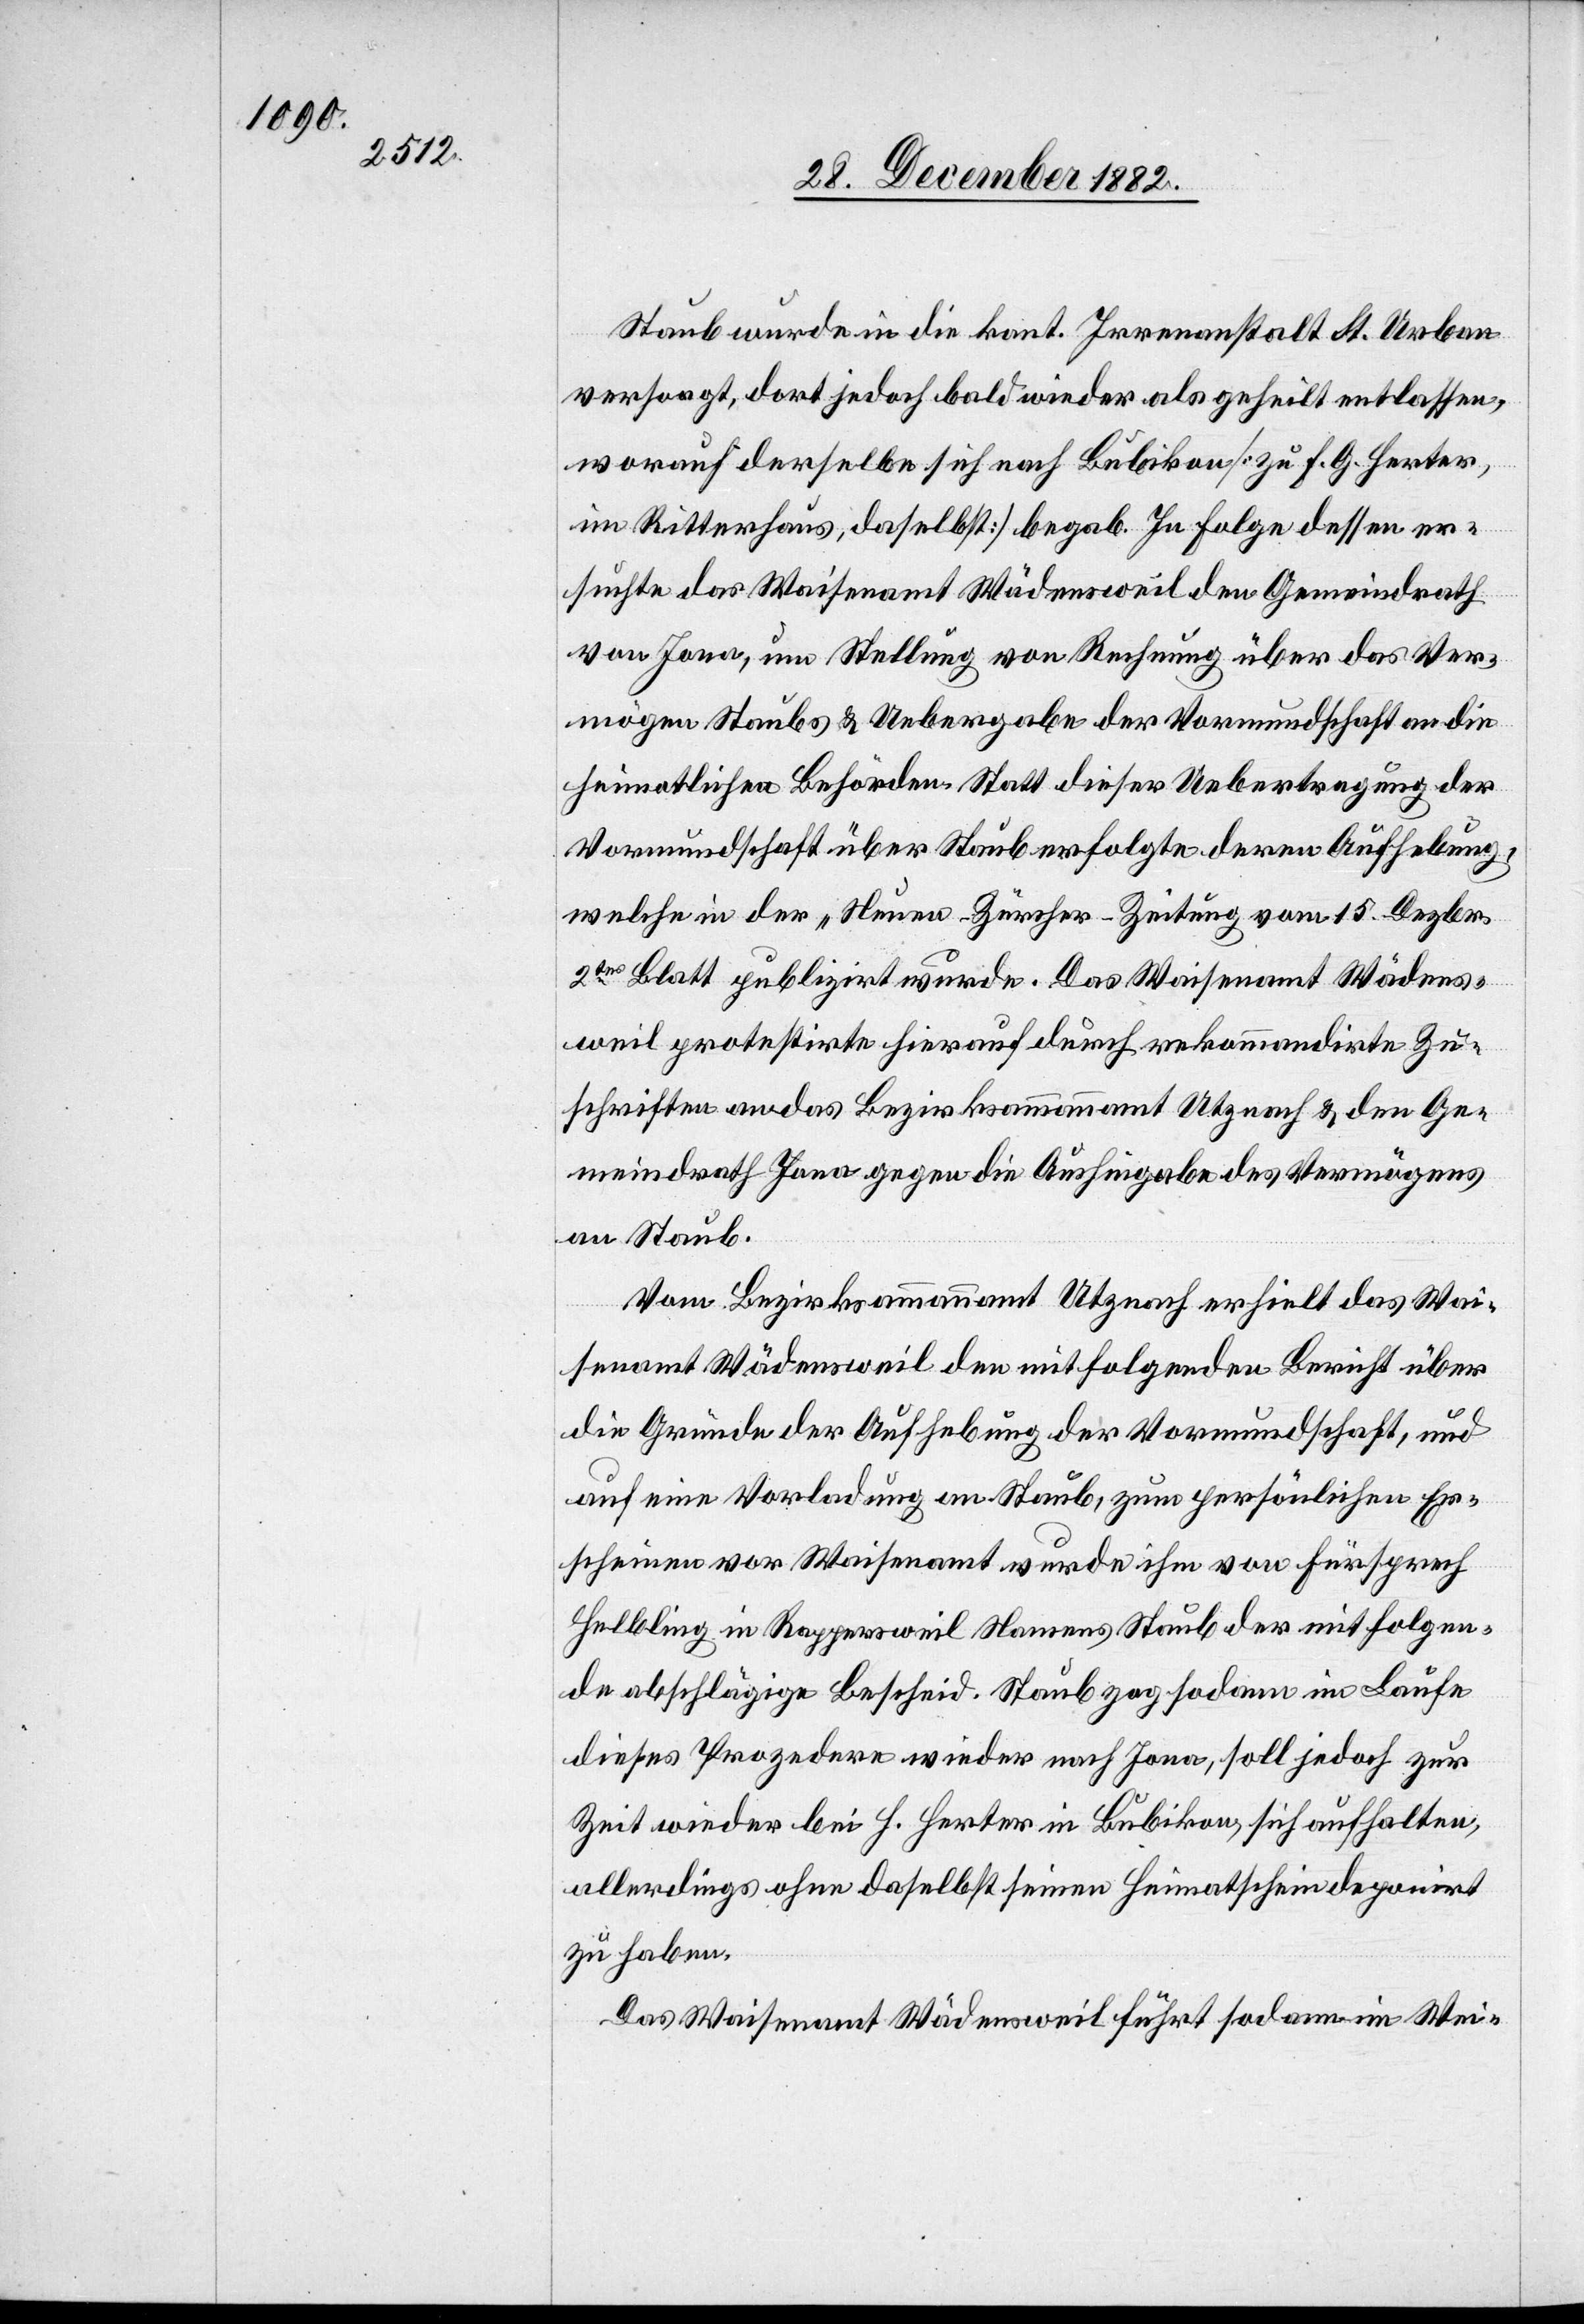
Staub wurde in die kant. Irrenanstalt St. Urban
versorgt, dort jedoch bald wieder als geheilt entlassen,
worauf derselbe sich nach Bubikon [zu F. G. Herter,
im Ritterhaus, daselbst] begab. In Folge dessen er¬
suchte das Waisenamt Wädensweil den Gemeindrath
von Jona, um Stellung von Rechnung über das Ver¬
mögen Staubs & Uebergabe der Vormundschaft an die
heimatlichen Behörden. Statt dieser Uebertragung der
Vormundschaft über Staub erfolgte deren Aufhebung,
welche in der „Neuen-Zürcher-Zeitung“ vom 15. Dezbr.
2tes Blatt publizirt wurde. Das Waisenamt Wädens¬
weil protestirte hierauf durch rekommandirte Zu¬
schriften an das Bezirksammannamt Utznach & den Ge¬
meindrath Jona gegen die Aushingabe des Vermögens
an Staub.
Vom Bezirksammannamt Utznach erhielt das Wai¬
senamt Wädensweil den mitfolgenden Bericht über
die Gründe der Aufhebung der Vormundschaft, und
auf eine Vorladung an Staub, zum persönlichen Er¬
scheinen vor Waisenamt wurde ihm von Fürsprech
Helbling in Rappersweil Namens Staub der mitfolgen¬
de abschlägige Bescheid [überbracht]. Staub zog sodann im Laufe
dieses Prozedere wieder nach Jona, soll jedoch zur
Zeit wieder bei H. Herter in Bubikon, sich aufhalten,
allerdings ohne daselbst seinen Heimatschein deponirt
zu haben.
Das Waisenamt Wädensweil führt sodann im Wei-